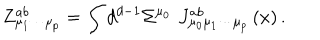
Z _ { \mu _ { 1 } \cdots \mu _ { p } } ^ { a b } = \int d ^ { d - 1 } \Sigma ^ { \mu _ { 0 } } \, \, J _ { \mu _ { 0 } \mu _ { 1 } \cdots \mu _ { p } } ^ { a b } \left( x \right) .